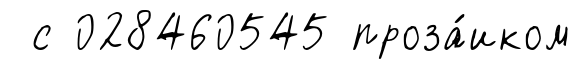
с 028460545 проза́иком